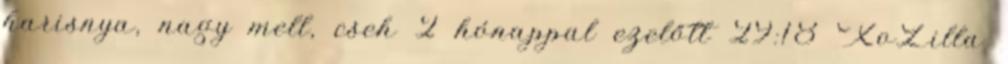
harisnya, nagy mell, cseh 2 hónappal ezelőtt 29:18 XoZilla